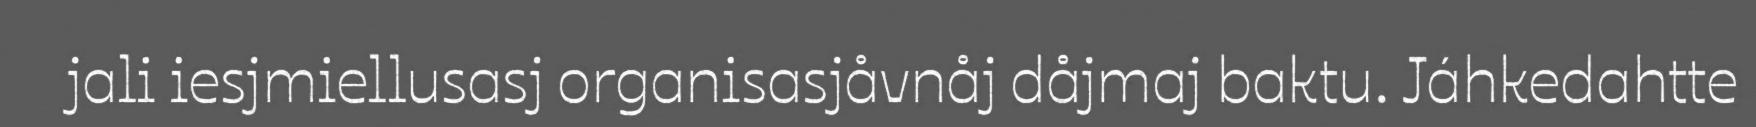
jali iesjmiellusasj organisasjåvnåj dåjmaj baktu. Jáhkedahtte